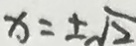
x = \pm \sqrt { 2 }